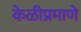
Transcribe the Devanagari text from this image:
केळीप्रमाणे